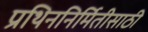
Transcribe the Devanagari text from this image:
प्रथिननिर्मितीसाठी